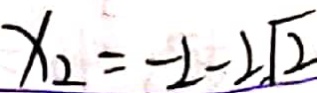
x _ { 2 } = - 2 - 2 \sqrt { 2 }